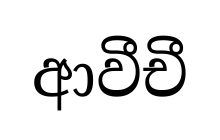
ආවීචී